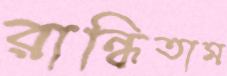
রান্ধিতাম